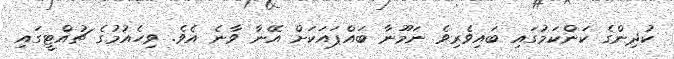
ކުދިންގެ ކަންކަމުގައި ބައިވެރިވެ ނަމޫނާ ބައްޕައަކަށް އޭނާ ވާނެ އެވެ. ވިހެއުމުގެ ޗުއްޓީގައި